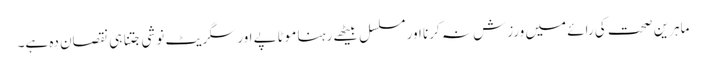
ماہرین صحت کی رائے میں ورزش نہ کرنا اور مسلسل بیٹھے رہنا موٹاپے اور سگریٹ نوشی جتنا ہی نقصان دہ ہے۔